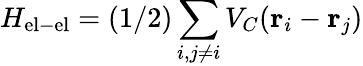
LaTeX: H_{\mathrm{el-el}}=(1/2)\sum_{i,j\neq i}V_{C}({\mathbf r}_{i}-{\mathbf r}_{j})